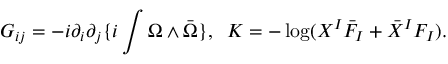
G _ { i j } = - i \partial _ { i } \partial _ { j } \{ i \int \Omega \wedge { \bar { \Omega } } \} , \; \; K = - \log ( X ^ { I } { \bar { F } } _ { I } + { \bar { X } } ^ { I } F _ { I } ) .